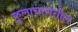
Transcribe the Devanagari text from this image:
कुलाचारातील